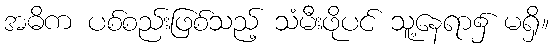
အဓိက ပစ်စည်းဖြစ်သည့် သံမီးဖိုပင် သူ့နေရာ၌ မရှိ။